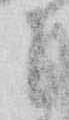
ニ